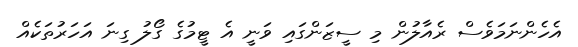
އެހެންނަމަވެސް ރެއާލުން މި ސީޒަންގައި ވަނީ އެ ޓީމުގެ ގޯލު ގިނަ އަހަރުތަކެއް